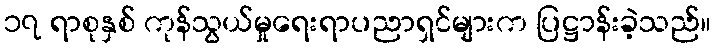
၁၇ ရာစုနှစ် ကုန်သွယ်မှုရေးရာပညာရှင်များက ပြဋ္ဌာန်းခဲ့သည်။